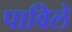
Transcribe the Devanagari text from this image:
पाविले